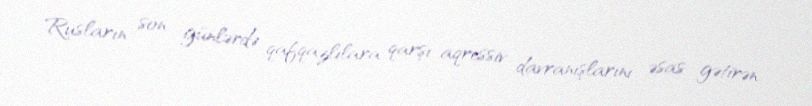
Rusların son günlərdə qafqazlılara qarşı aqressiv davranışlarını əsas gətirən